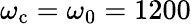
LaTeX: \omega_{\mathrm{c}}=\omega_{0}=1200